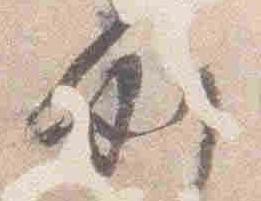
例